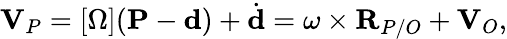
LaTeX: {\textbf{V}}_{P}=[\Omega]({\textbf{P}}-{\textbf{d}})+{\dot{\textbf{d}}}=\omega\times{\textbf{R}}_{P/O}+{\textbf{V}}_{O},